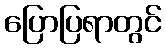
ပြောပြရာတွင်